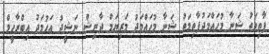
ފާތިމަތު ޝަނާ މުހައްމަދުފާތިމަތު ޝަނާ މުހައްމަދު މަރިޔަމް ދާނިޝް ނަޝީދު އަހުމަދު އިބްރާހީމް